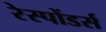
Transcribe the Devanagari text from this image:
रेस्पोंडर्स